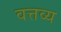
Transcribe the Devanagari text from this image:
वत्तव्य